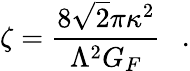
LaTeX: \zeta={\frac{8\sqrt{2}\pi\kappa^{2}}{\Lambda^{2}G_{F}}}\ \ \ .